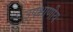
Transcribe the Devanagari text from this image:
उपेक्षाणीय